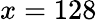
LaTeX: x=128